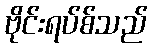
ဗိုင်းရပ်စ်သည်